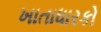
ખાતાધારકો